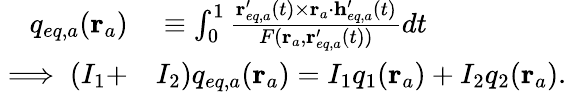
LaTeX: \begin{array}{rl}{q_{eq,a}(\mathbf{r}_{a})}&{{}\equiv\int_{0}^{1}\frac{\mathbf{r}_{eq,a}^{\prime}(t)\times\mathbf{r}_{a}\cdot\mathbf{h}_{eq,a}^{\prime}(t)}{F(\mathbf{r}_{a},\mathbf{r}_{eq,a}^{\prime}(t))}dt}\\ {\implies(I_{1}+}&{{}I_{2})q_{eq,a}(\mathbf{r}_{a})=I_{1}q_{1}(\mathbf{r}_{a})+I_{2}q_{2}(\mathbf{r}_{a}).}\end{array}